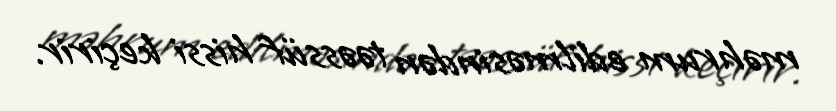
məhrum edilməsindən təəssüf hissi keçirir.